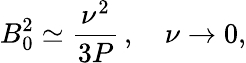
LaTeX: B_{0}^{2}\simeq\frac{\nu^{2}}{3P}\, ,\quad\nu\to 0,